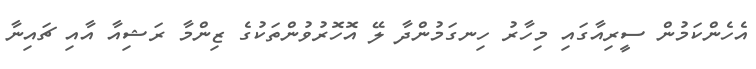
އެހެންކަމުން ސީރިއާގައި މިހާރު ހިނގަމުންދާ ލޭ އޮހޮރުވުންތަކުގެ ޒިންމާ ރަޝިއާ އާއި ޗައިނާ